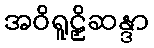
အဝိရူဠှိဆန္ဒာ